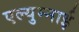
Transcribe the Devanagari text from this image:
एल्युम्नाई